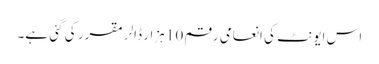
اس ایونٹ کی انعامی رقم 10 ہزار ڈالر مقرر کی گئی ہے۔